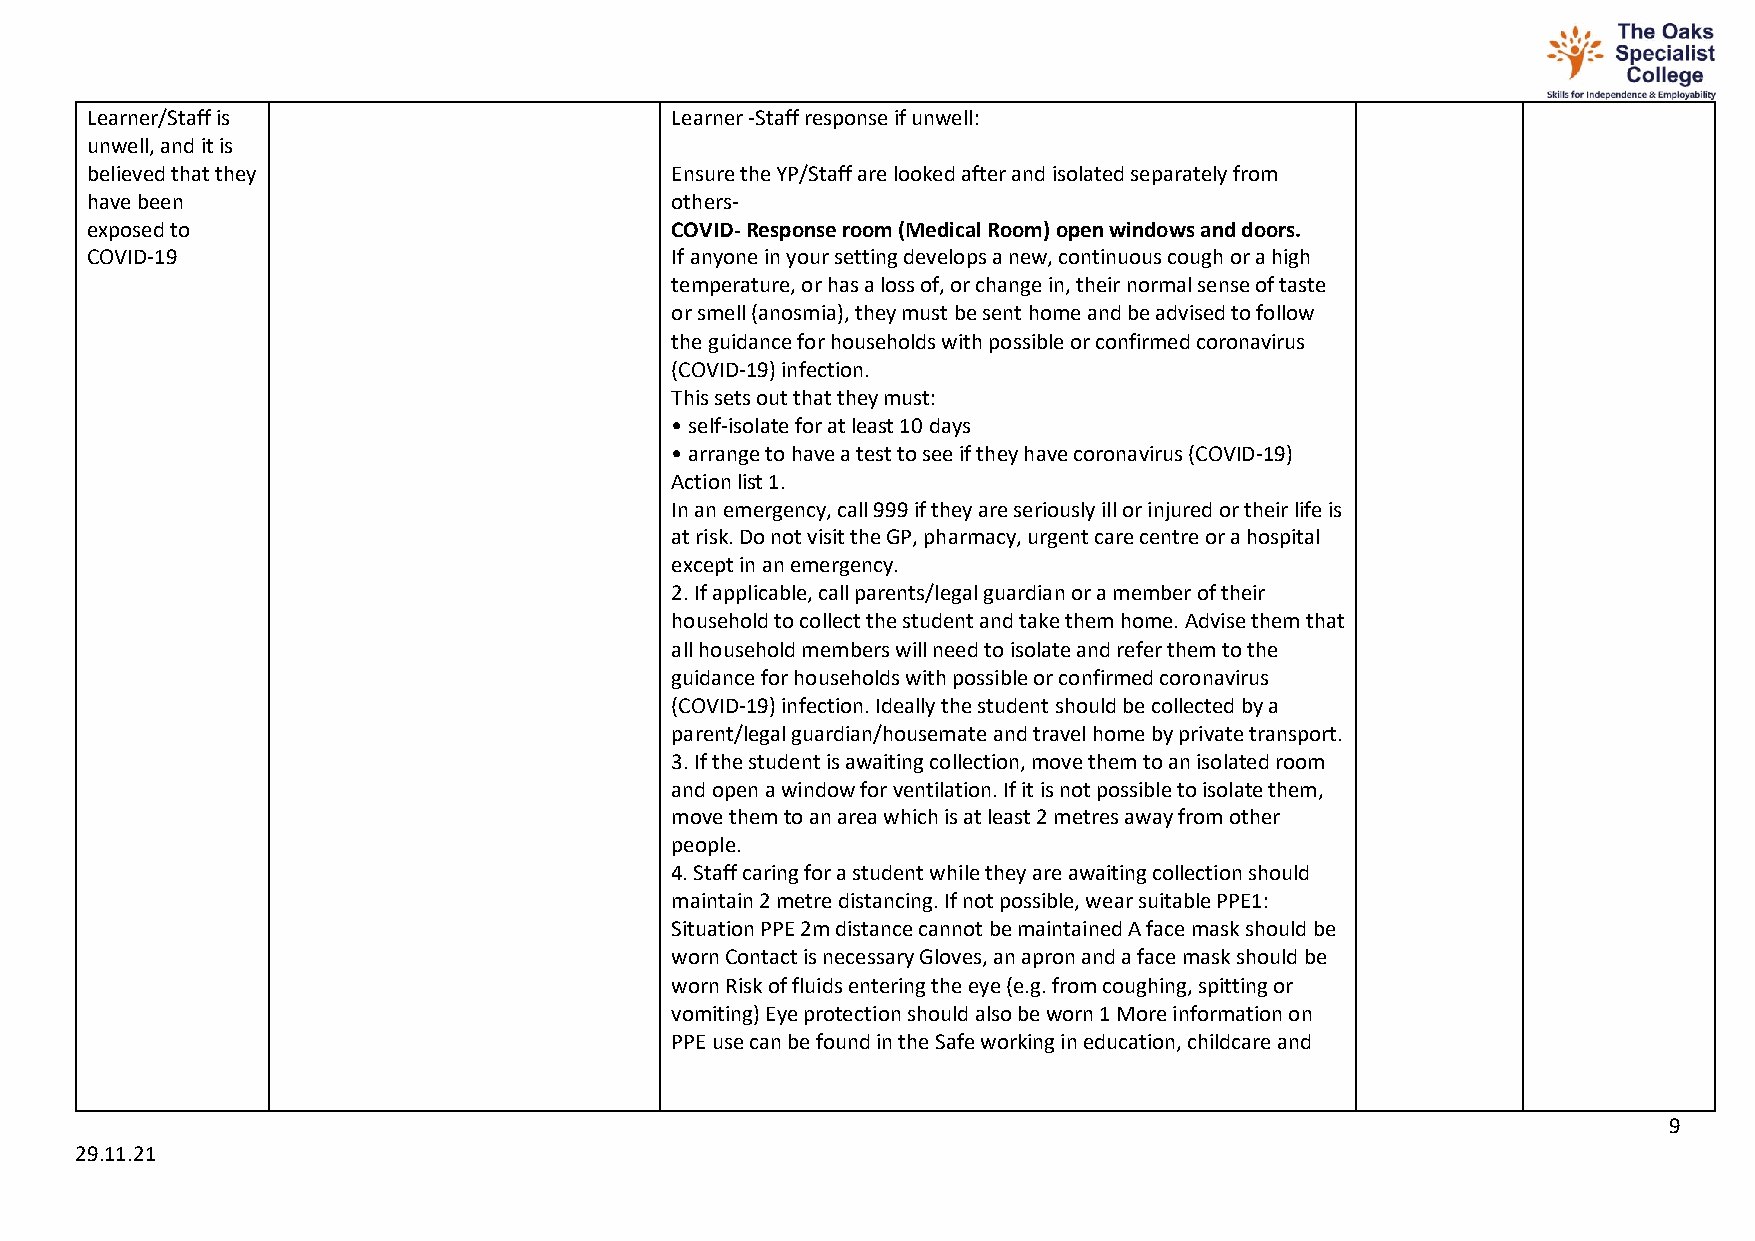
Learner/Staff is                      Learner -Staff response if unwell:
 unwell, and it is
 believed that they                    Ensure the YP/Staff are looked after and isolated separately from
 have been                             others-
 exposed to                            COVID- Response room (Medical Room) open windows and doors.
 COVID-19                              If anyone in your setting develops a new, continuous cough or a high
 temperature, or has a loss of, or change in, their normal sense of taste
 or smell (anosmia), they must be sent home and be advised to follow
 the guidance for households with possible or confirmed coronavirus
 (COVID-19) infection.
 This sets out that they must:
 • self-isolate for at least 10 days
 • arrange to have a test to see if they have coronavirus (COVID-19)
 Action list 1.
 In an emergency, call 999 if they are seriously ill or injured or their life is
 at risk. Do not visit the GP, pharmacy, urgent care centre or a hospital
 except in an emergency.
 2. If applicable, call parents/legal guardian or a member of their
 household to collect the student and take them home. Advise them that
 all household members will need to isolate and refer them to the
 guidance for households with possible or confirmed coronavirus
 (COVID-19) infection. Ideally the student should be collected by a
 parent/legal guardian/housemate and travel home by private transport.
 3. If the student is awaiting collection, move them to an isolated room
 and open a window for ventilation. If it is not possible to isolate them,
 move them to an area which is at least 2 metres away from other
 people.
 4. Staff caring for a student while they are awaiting collection should
 maintain 2 metre distancing. If not possible, wear suitable PPE1:
 Situation PPE 2m distance cannot be maintained A face mask should be
 worn Contact is necessary Gloves, an apron and a face mask should be
 worn Risk of fluids entering the eye (e.g. from coughing, spitting or
 vomiting) Eye protection should also be worn 1 More information on
 PPE use can be found in the Safe working in education, childcare and
 9
 29.11.21